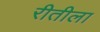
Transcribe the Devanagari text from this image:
रीतीला